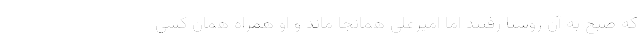
که صبح به آن روستا رفتند اما امیرعلی همانجا ماند و او همراه همان کسی